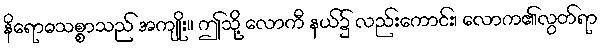
နိရောဓသစ္စာသည် အကျိုး။ ဤသို့ လောကီ နယ်၌ လည်းကောင်း၊ လောက၏လွတ်ရာ